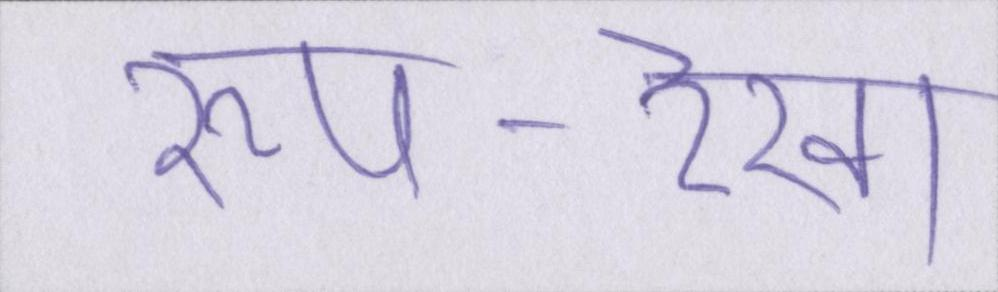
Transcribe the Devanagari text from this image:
रूप-रेखा